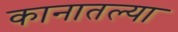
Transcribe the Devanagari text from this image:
कानातल्या